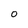
Character: 0